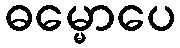
ဓမ္မောပေ